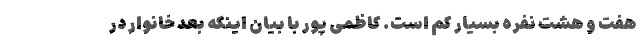
هفت و هشت نفره بسیار کم است. کاظمی پور با بیان اینکه بعد خانوار در